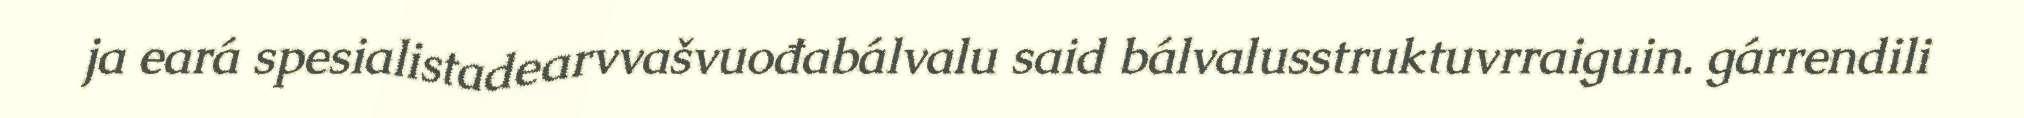
ja eará spesialistadearvvašvuođabálvalu said bálvalusstruktuvrraiguin. gárrendili